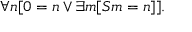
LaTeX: \forall n [ 0 = n \lor \exists m [ S m = n ] ] .